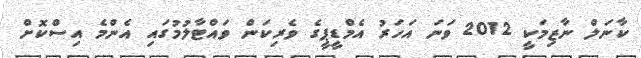
ކާނަލް ނާޒިމަކީ 2012 ވަނަ އަހަރު އެމްޑީޕީގެ ވެރިކަން ވައްޓާލުމުގައި އެންމެ އިސްކޮށް